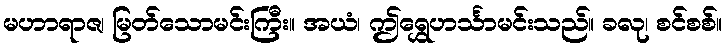
မဟာရာဇ၊ မြတ်သောမင်းကြီး။ အယံ၊ ဤရွှေဟင်္သာမင်းသည်။ ခလု၊ စင်စစ်။